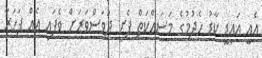
އެއީ އައިޑީ ކާޑު ހެދުމުގެ މަސައްކަތް ފެށި ދުވަސްވަރަށް ވެފައި އެއް ފަހަރާ